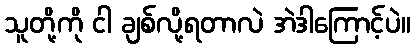
သူတို့ကို ငါ ချစ်လို့ရတာလဲ အဲဒါကြောင့်ပဲ။